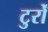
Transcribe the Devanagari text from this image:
टुर्रों